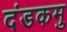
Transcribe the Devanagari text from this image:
दंडकमु